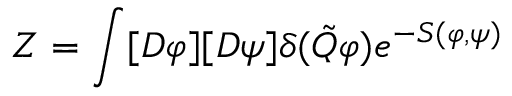
Z = \int [ { \cal D } \varphi ] [ { \cal D } \psi ] \delta ( \tilde { Q } \varphi ) e ^ { - S ( \varphi , \psi ) }